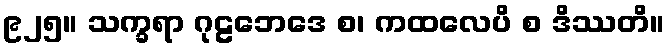
၉၂၅။ သက္ခရာ ဂုဠဘေဒေ စ၊ ကထလေပိ စ ဒိဿတိ။